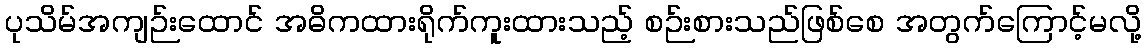
ပုသိမ်အကျဉ်းထောင် အဓိကထားရိုက်ကူးထားသည့် စဉ်းစားသည်ဖြစ်စေ အတွက်ကြောင့်မလို့